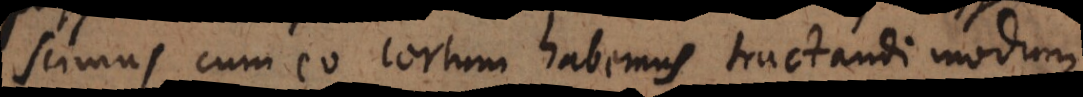
scimus, cum eo certum habemus tractandi modum